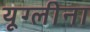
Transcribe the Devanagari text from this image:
यूग्लीना